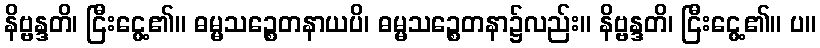
နိဗ္ဗန္ဒတိ၊ ငြီးငွေ့၏။ ဓမ္မသဉ္စေတနာယပိ၊ ဓမ္မသဉ္စေတနာ၌လည်း။ နိဗ္ဗန္ဒတိ၊ ငြီးငွေ့၏။ ပ။